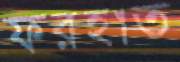
ফরহাত